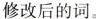
修改后的词.